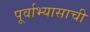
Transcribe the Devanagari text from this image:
पूर्वाभ्यासाची